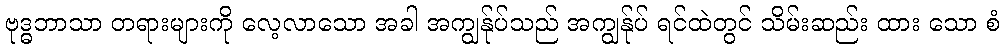
ဗုဒ္ဓဘာသာ တရားများကို လေ့လာသော အခါ အကျွန်ုပ်သည် အကျွန်ုပ် ရင်ထဲတွင် သိမ်းဆည်း ထား သော စံ